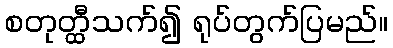
စတုတ္ထီသက်၍ ရုပ်တွက်ပြမည်။